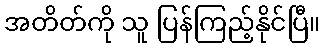
အတိတ်ကို သူ ပြန်ကြည့်နိုင်ပြီ။